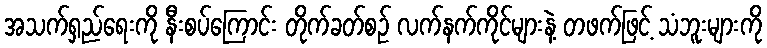
အသက်ရှည်ရေးကို နီးစပ်ကြောင်း တိုက်ခတ်စဉ် လက်နက်ကိုင်များနဲ့ တဖက်ဖြင့် သံဘူးများကို